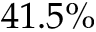
4 1 . 5 \%